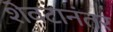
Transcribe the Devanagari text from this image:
शेवटानंतर